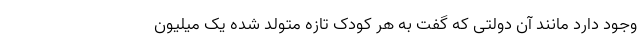
وجود دارد مانند آن دولتی که گفت به هر کودک تازه متولد شده یک میلیون